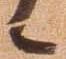
候